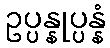
ဥပ္ပန္နုပ္ပန္နံ